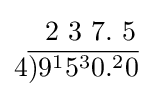
{\begin{matrix}\quad 2\ 3\ 7.\ 5\\4{\overline {)9^{1}5^{3}0.^{2}0}}\\\end{matrix}}